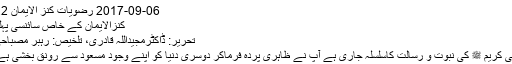
2017-09-06 رضویات کنز الایمان 22
کنزالایمان کے خاص سائنسی پہلو
تحریر: ڈاکٹرمجیداللہ قادری، تلخیص: رہبر مصباحی
نبی کریم ﷺ کی نبوت و رسالت کاسلسلہ جاری ہے آپ نے ظاہری پردہ فرماکر دوسری دنیا کو اپنے وجودِ مسعود سے رونق بخشی ہے۔